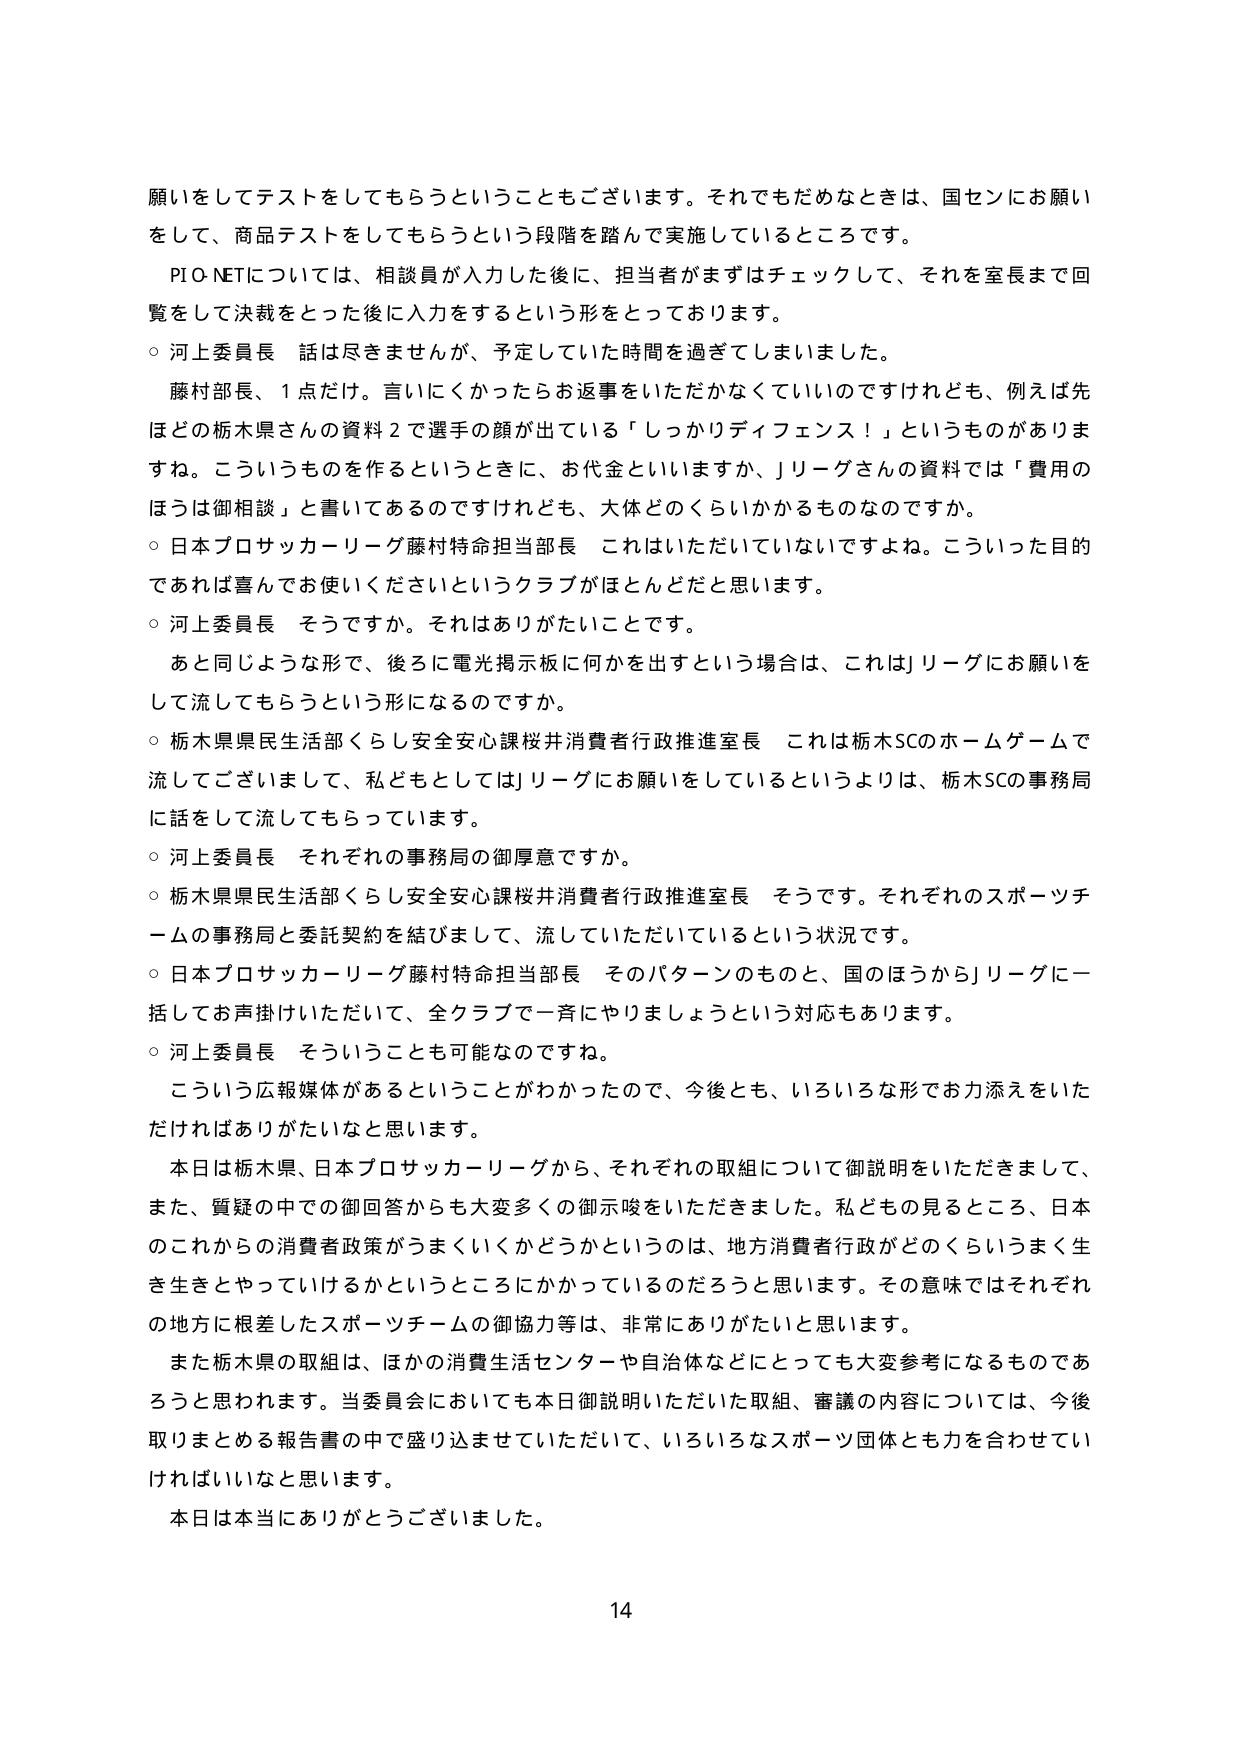
願いをしてテストをしてもらうということもございます。それでもだめなときは、国センにお願いをして、商品テストをしてもらうという段階を踏んで実施しているところです。

PI O-NETについては、相談員が入力した後に、担当者がまずはチェックして、それを室長まで回覧をして決裁をとった後に入学をするという形をとっております。

○ 河上委員長 話は尽きませんが、予定していた時間を過ぎてしまいました。

藤村部長、1点だけ。言いにくかったらお返事をいただかなくていいのですけれども、例えば先ほどの栃木県さんの資料2で選手の顔が出ている「しっかりディフェンス！」というものがありますね。こういうものを作るというときに、お代金といいますか、Jリーグさんの資料では「費用のほうは御相談」と書いてあるのですけれども、大体どのくらいかかるものなのですか。

○ 日本プロサッカーリーグ藤村特命担当部長 これはいただいていないですよね。こういった目的であれば喜んでお使いくださいというクラブがほとんどだと思います。

○ 河上委員長 そうですか。それはありがたいことです。

あと同じような形で、後ろに電光掲示板に何かを出すという場合は、これはJリーグにお願いをして流してもらうという形になるのですか。

○ 栃木県県民生活部くらし安全安心課桜井消費者行政推進室長 これは栃木SCのホームゲームで流してございまして、私どもとしてはJリーグにお願いをしているというよりは、栃木SCの事務局に話をして流してもらっています。

○ 河上委員長 それぞれの事務局の御厚意ですか。

○ 栃木県県民生活部くらし安全安心課桜井消費者行政推進室長 そうです。それぞれのスポーツチームの事務局と委託契約を結びまして、流していただいているという状況です。

○ 日本プロサッカーリーグ藤村特命担当部長 そのパターンのものと、国のほうからJリーグに一括してお声掛けいただいて、全クラブで一斉にやりましょうという対応もあります。

○ 河上委員長 そういうことも可能なのですね。

こういう広報媒体があるということがわかったので、今後とも、いろいろな形でお力添えをいただければありがたいなと思います。

本日は栃木県、日本プロサッカーリーグから、それぞれの取組について御説明をいただきまして、また、質疑の中での御回答からも大変多くの御示唆をいただきました。私どもの見るところ、日本このこれからの消費者政策がうまくいくかどうかというのは、地方消費者行政がどのくらいうまく生き生きとやっていけるかというところにかかっているのだろうと思います。その意味ではそれぞれの地方に根差したスポーツチームの御協力等は、非常にありがたいと思います。

また栃木県の取組は、ほかの消費生活センターや自治体などにとっても大変参考になるものであろうと思われます。当委員会においても本日御説明いただいた取組、審議の内容については、今後取りまとめる報告書の中で盛り込ませていただいて、いろいろなスポーツ団体とも力を合わせていければいいなと思います。

本日は本当にありがとうございました。

14